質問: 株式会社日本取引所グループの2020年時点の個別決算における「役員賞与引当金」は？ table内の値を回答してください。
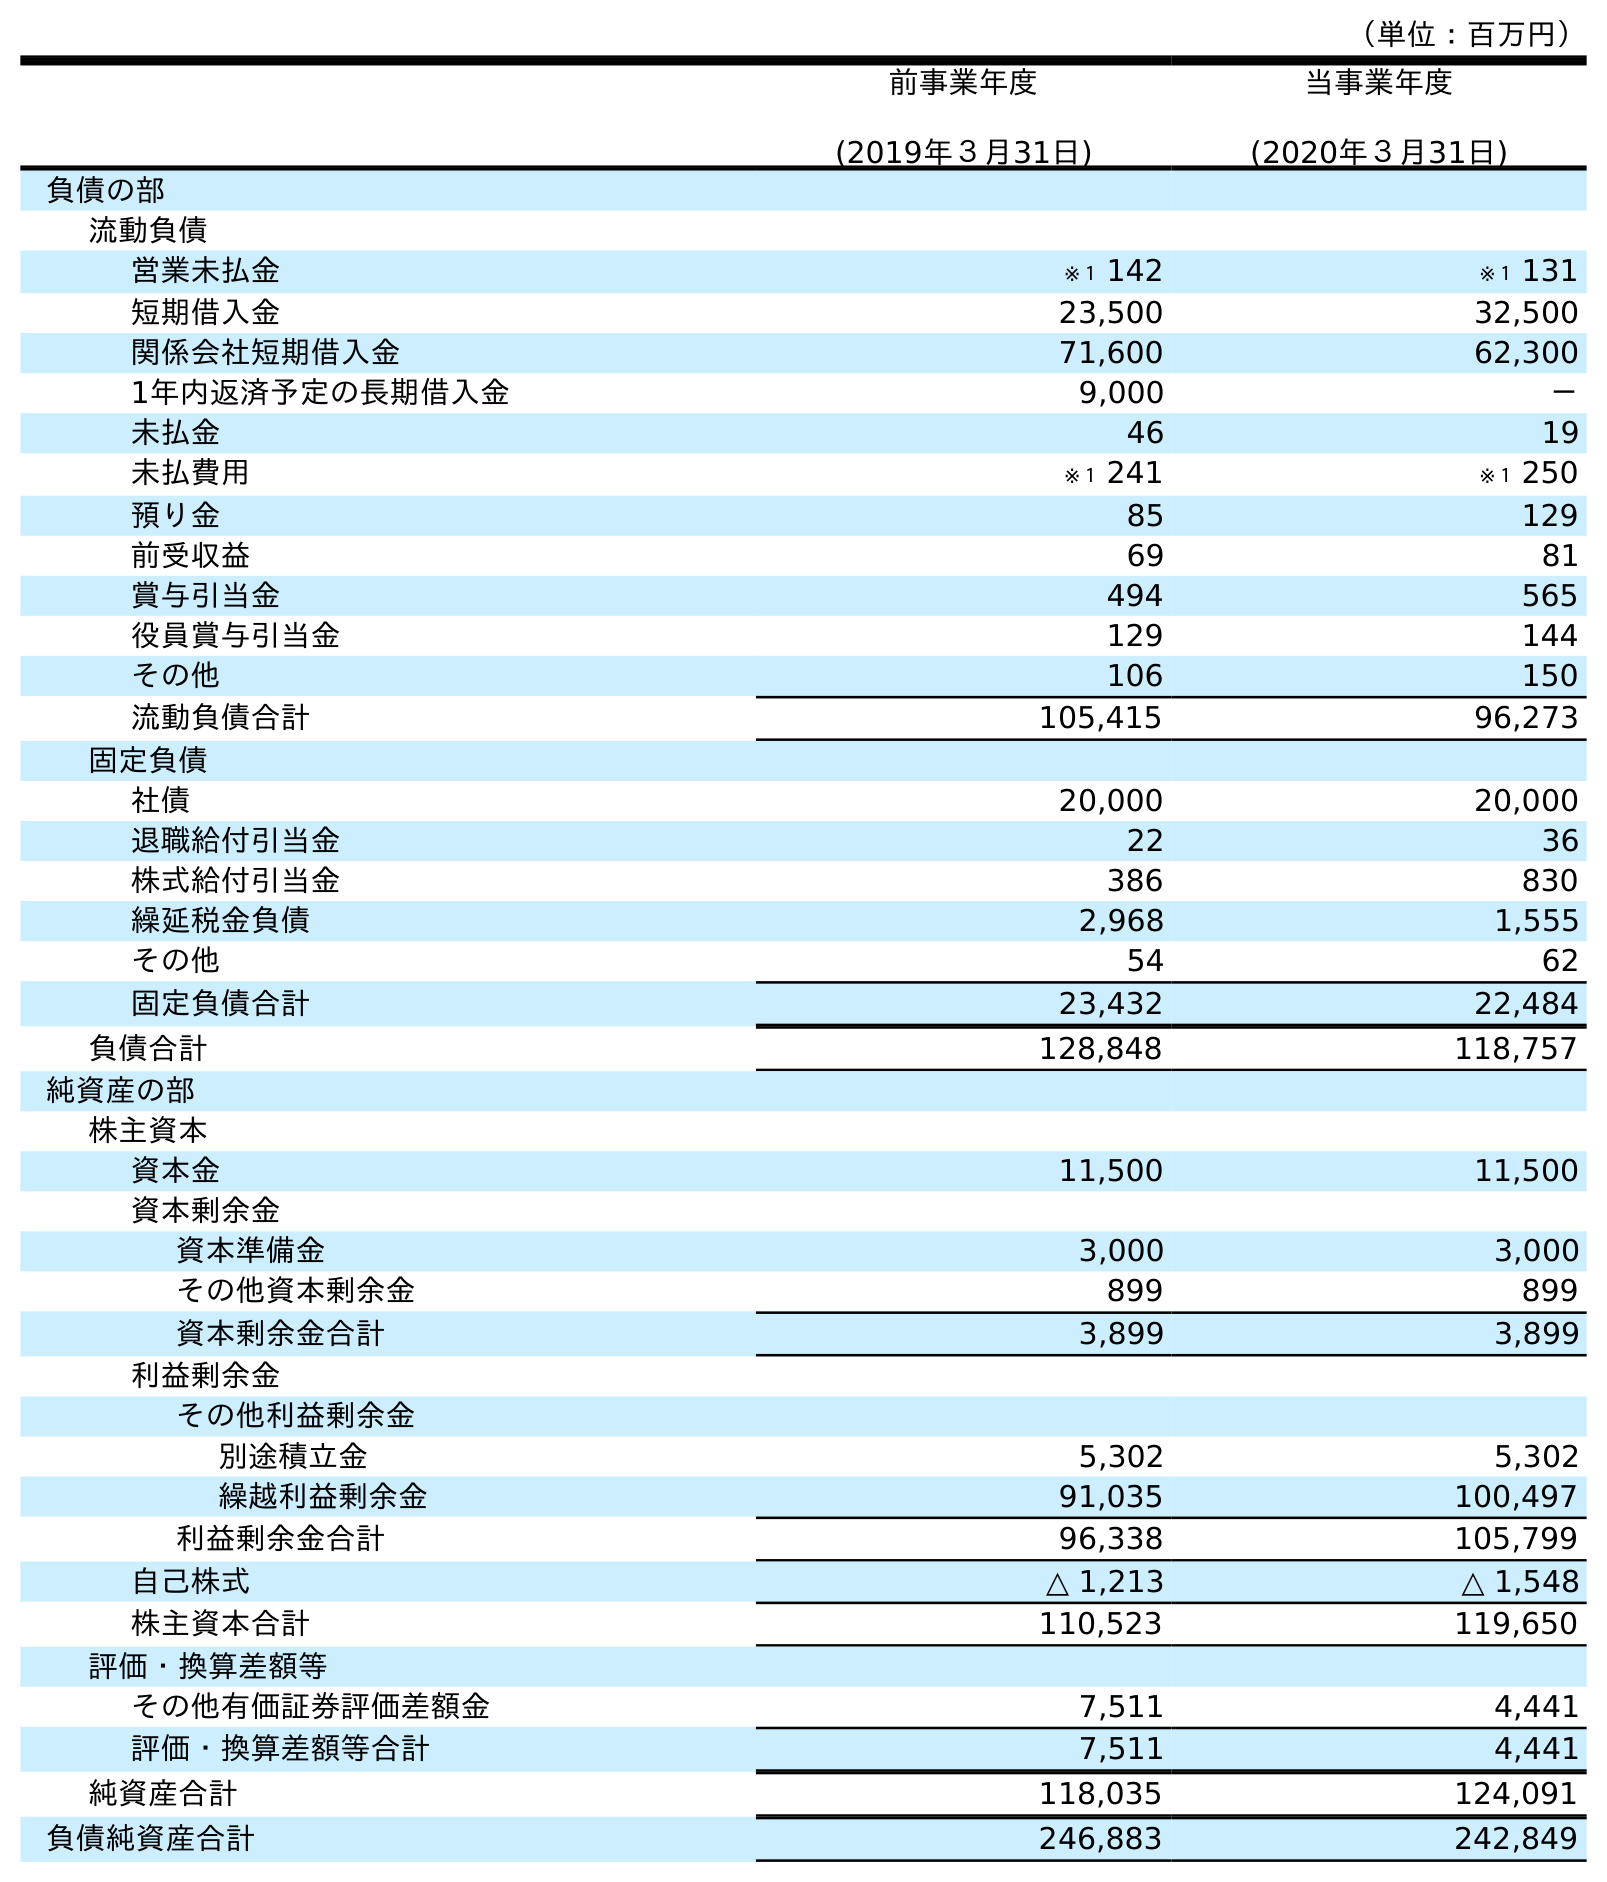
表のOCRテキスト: （単位：百万円） 前事業年度 (2019年３月31日) 当事業年度 (2020年３月31日) 負債の部 流動負債 営業未払金 ※１ 142 ※１ 131 短期借入金 23,500 32,500 関係会社短期借入金 71,600 62,300 1年内返済予定の長期借入金 9,000 － 未払金 46 19 未払費用 ※１ 241 ※１ 250 預り金 85 129 前受収益 69 81 賞与引当金 494 565 役員賞与引当金 129 144 その他 106 150 流動負債合計 105,415 96,273 固定負債 社債 20,000 20,000 退職給付引当金 22 36 株式給付引当金 386 830 繰延税金負債 2,968 1,555 その他 54 62 固定負債合計 23,432 22,484 負債合計 128,848 118,757 純資産の部 株主資本 資本金 11,500 11,500 資本剰余金 資本準備金 3,000 3,000 その他資本剰余金 899 899 資本剰余金合計 3,899 3,899 利益剰余金 その他利益剰余金 別途積立金 5,302 5,302 繰越利益剰余金 91,035 100,497 利益剰余金合計 96,338 105,799 自己株式 △ 1,213 △ 1,548 株主資本合計 110,523 119,650 評価・換算差額等 その他有価証券評価差額金 7,511 4,441 評価・換算差額等合計 7,511 4,441 純資産合計 118,035 124,091 負債純資産合計 246,883 242,849
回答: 144